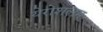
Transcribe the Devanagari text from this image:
येरोशलम